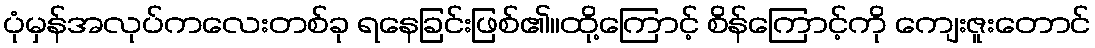
ပုံမှန်အလုပ်ကလေးတစ်ခု ရနေခြင်းဖြစ်၏။ထို့ကြောင့် စိန်ကြောင့်ကို ကျေးဇူးတောင်